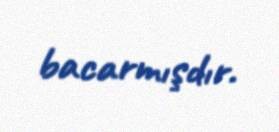
bacarmışdır.